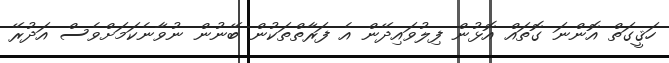
ހަޤީގަތް އޮންނަ ގޮތައް އޮޅުން ފިލުވައިދޭން އެ ފަރާތްތަކުން ބޭނުން ނުވާނެކަމަށްވެސް އަދުރޭ